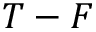
T - F